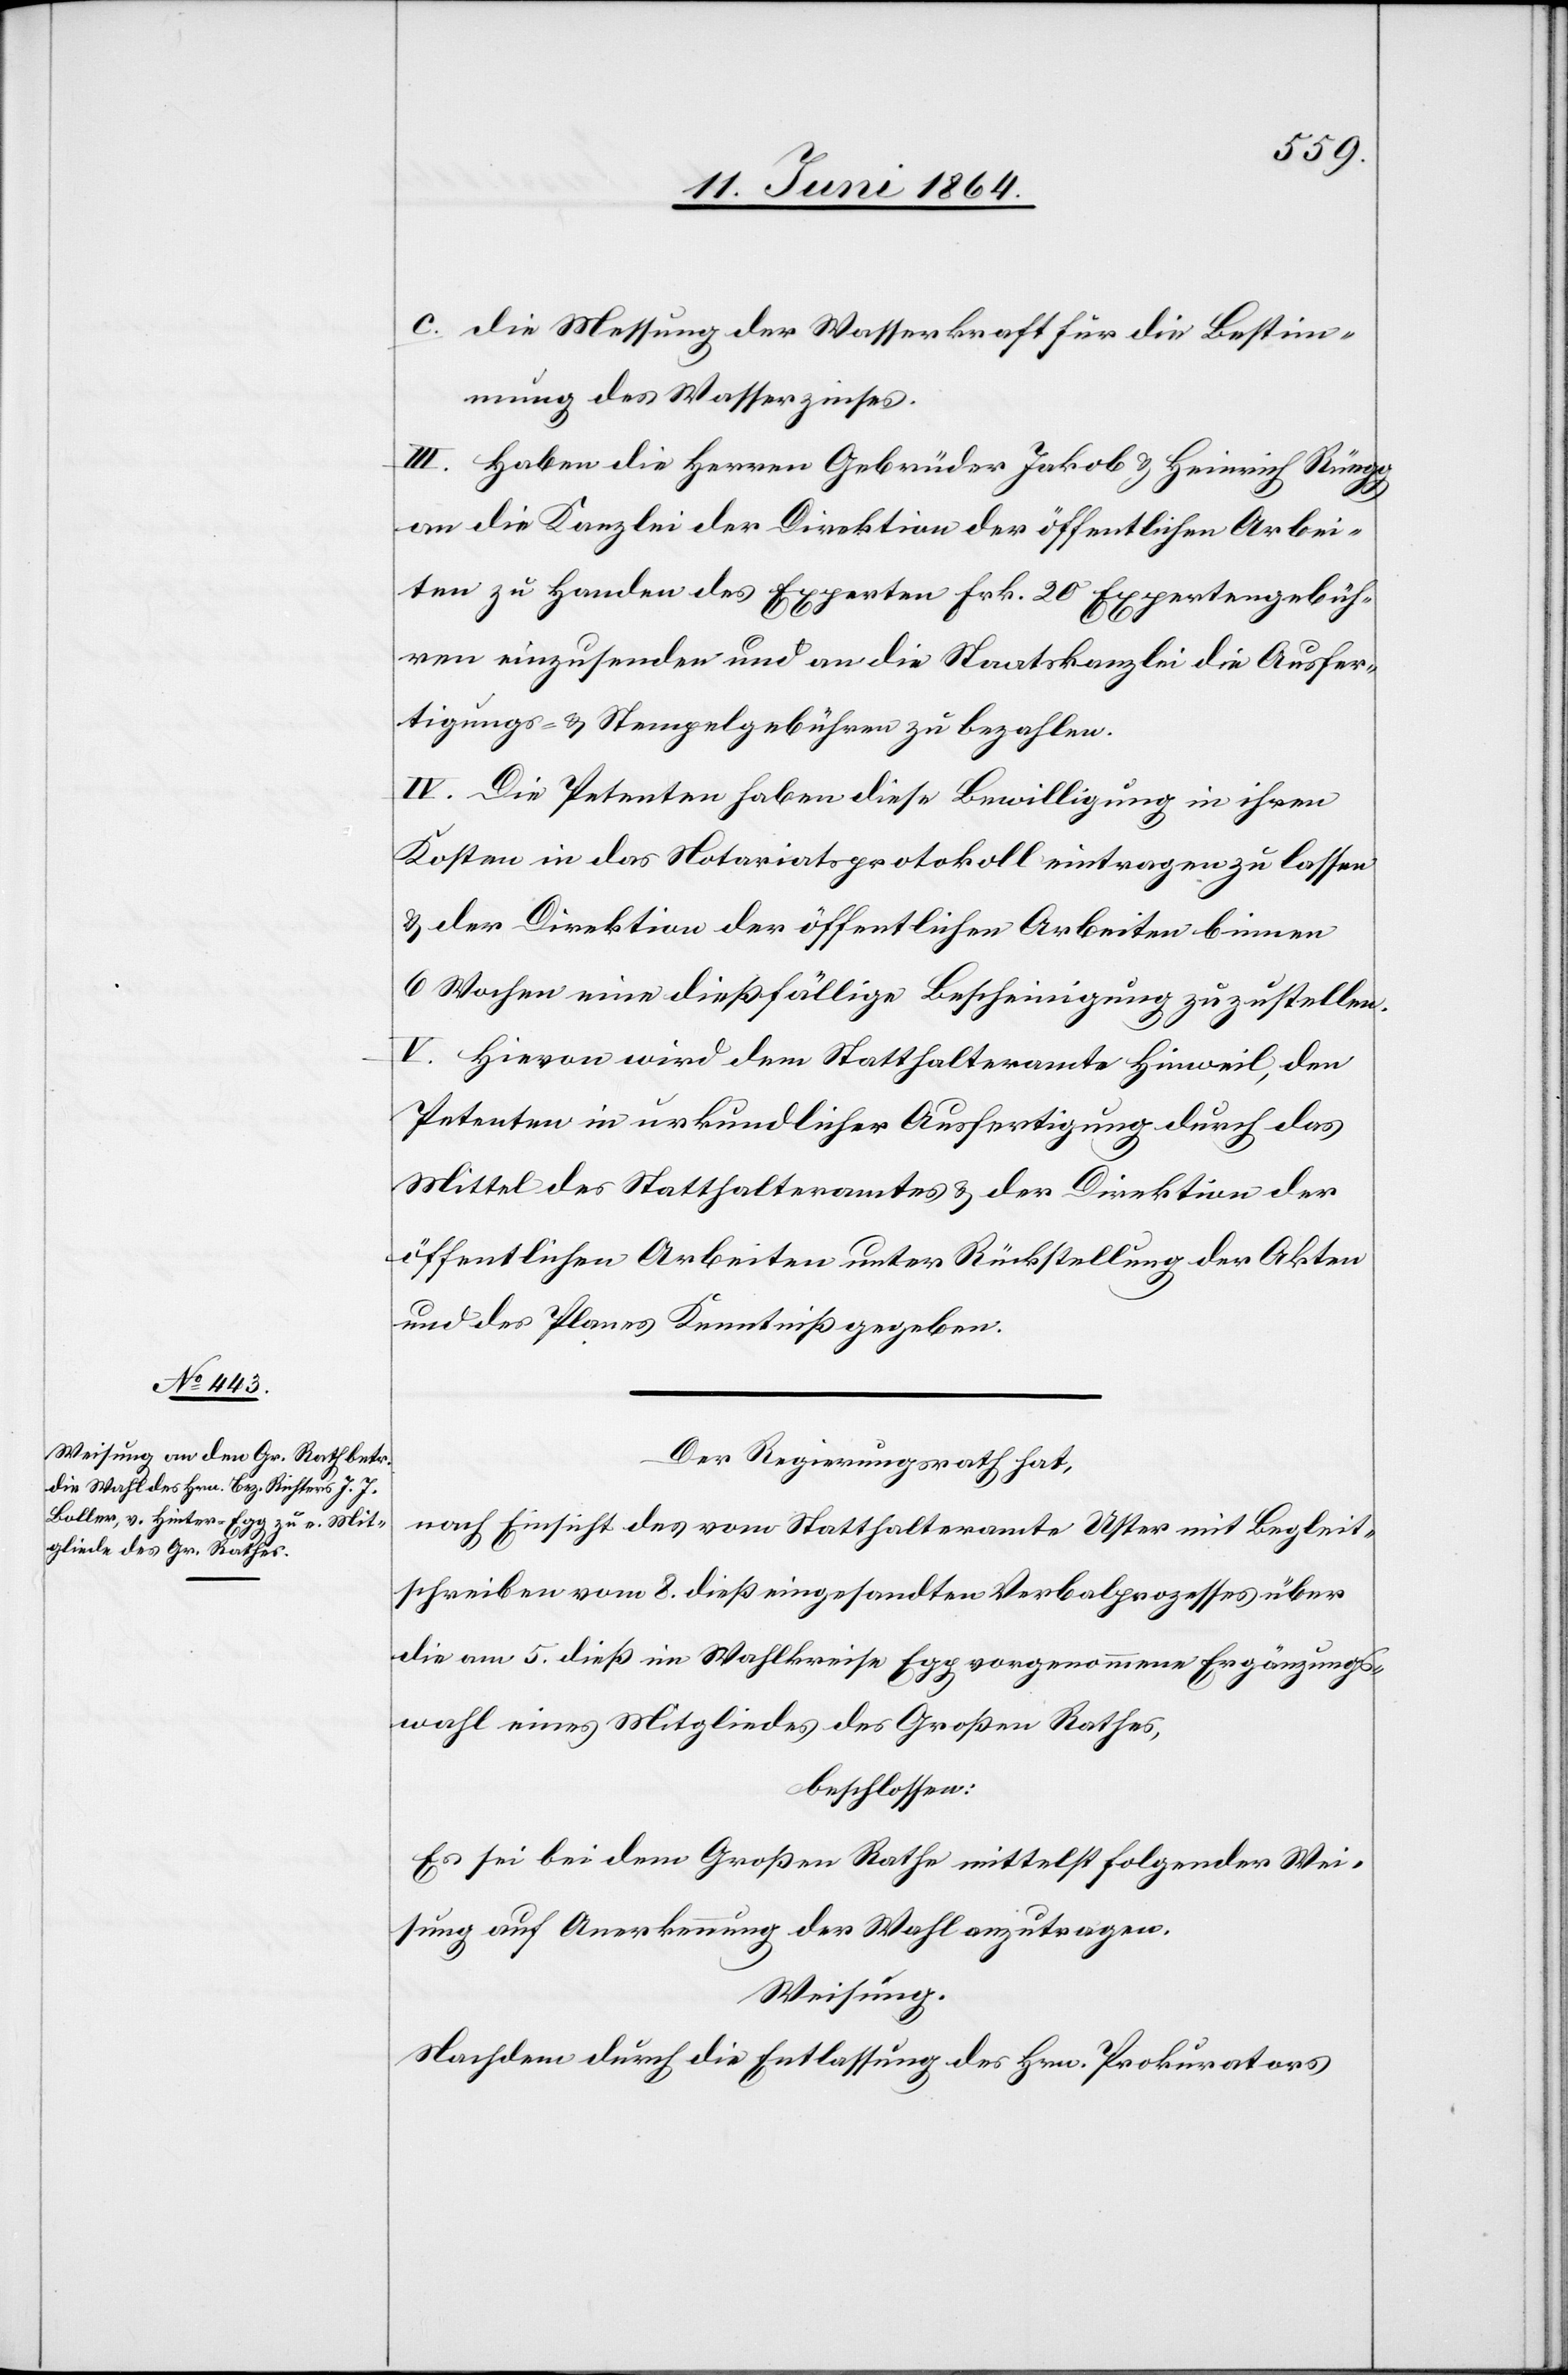
c. die Messung der Wasserkraft für die Bestim¬
mung des Wasserzinses.
III. Haben die Herren Gebrüder Jakob u. Heinrich Rüegg
an die Kanzlei der Direktion der öffentlichen Arbei¬
ten zu Handen des Experten Frk. 20 Expertengebüh¬
ren einzusenden und an die Staatskanzlei die Ausfer¬
tigungs- u. Stempelgebühren zu bezahlen.
IV. Die Petenten haben diese Bewilligung in ihren
Kosten in das Notariatsprotokoll eintragen zu lassen
u. der Direktion der öffentlichen Arbeiten binnen
6 Wochen eine dießfällige Bescheinigung zuzustellen.
V. Hievon wird dem Statthalteramt Hinweil, den
Petenten in urkundlicher Ausfertigung durch das
Mittel des Statthalteramtes u. der Direktion der
öffentlichen Arbeiten unter Rückstellung der Akten
und des Planes Kenntniß gegeben.
Der Regierungsrath hat,
nach Einsicht des vom Statthalteramte Uster mit Begleit¬
schreiben vom 8. dieß eingesandten Verbalprozesses über
die am 5. dieß im Wahlkreise Egg vorgenommene Ergänzungs¬
wahl eines Mitgliedes des Großen Rathes,
beschlossen:
Es sei bei dem Großen Rathe mittels folgender Wei¬
sung auf Anerkennung der Wahl anzutragen.
Weisung.
Nachdem durch die Entlassung des Hrn. Prokurators